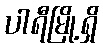
ပါရီမြို့ရှိ